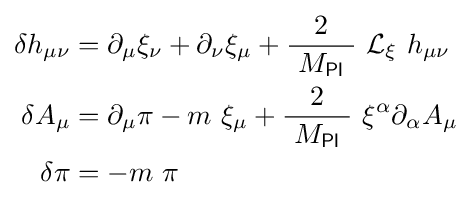
{\begin{aligned}\delta h_{\mu \nu }&=\partial _{\mu }\xi _{\nu }+\partial _{\nu }\xi _{\mu }+{\frac {2}{\ M_{\mathsf {Pl}}\ }}\ {\mathcal {L}}_{\xi }\ h_{\mu \nu }\\\delta A_{\mu }&=\partial _{\mu }\pi -m\ \xi _{\mu }+{\frac {2}{\ M_{\mathsf {Pl}}\ }}\ \xi ^{\alpha }\partial _{\alpha }A_{\mu }\\\delta \pi &=-m\ \pi \end{aligned}}